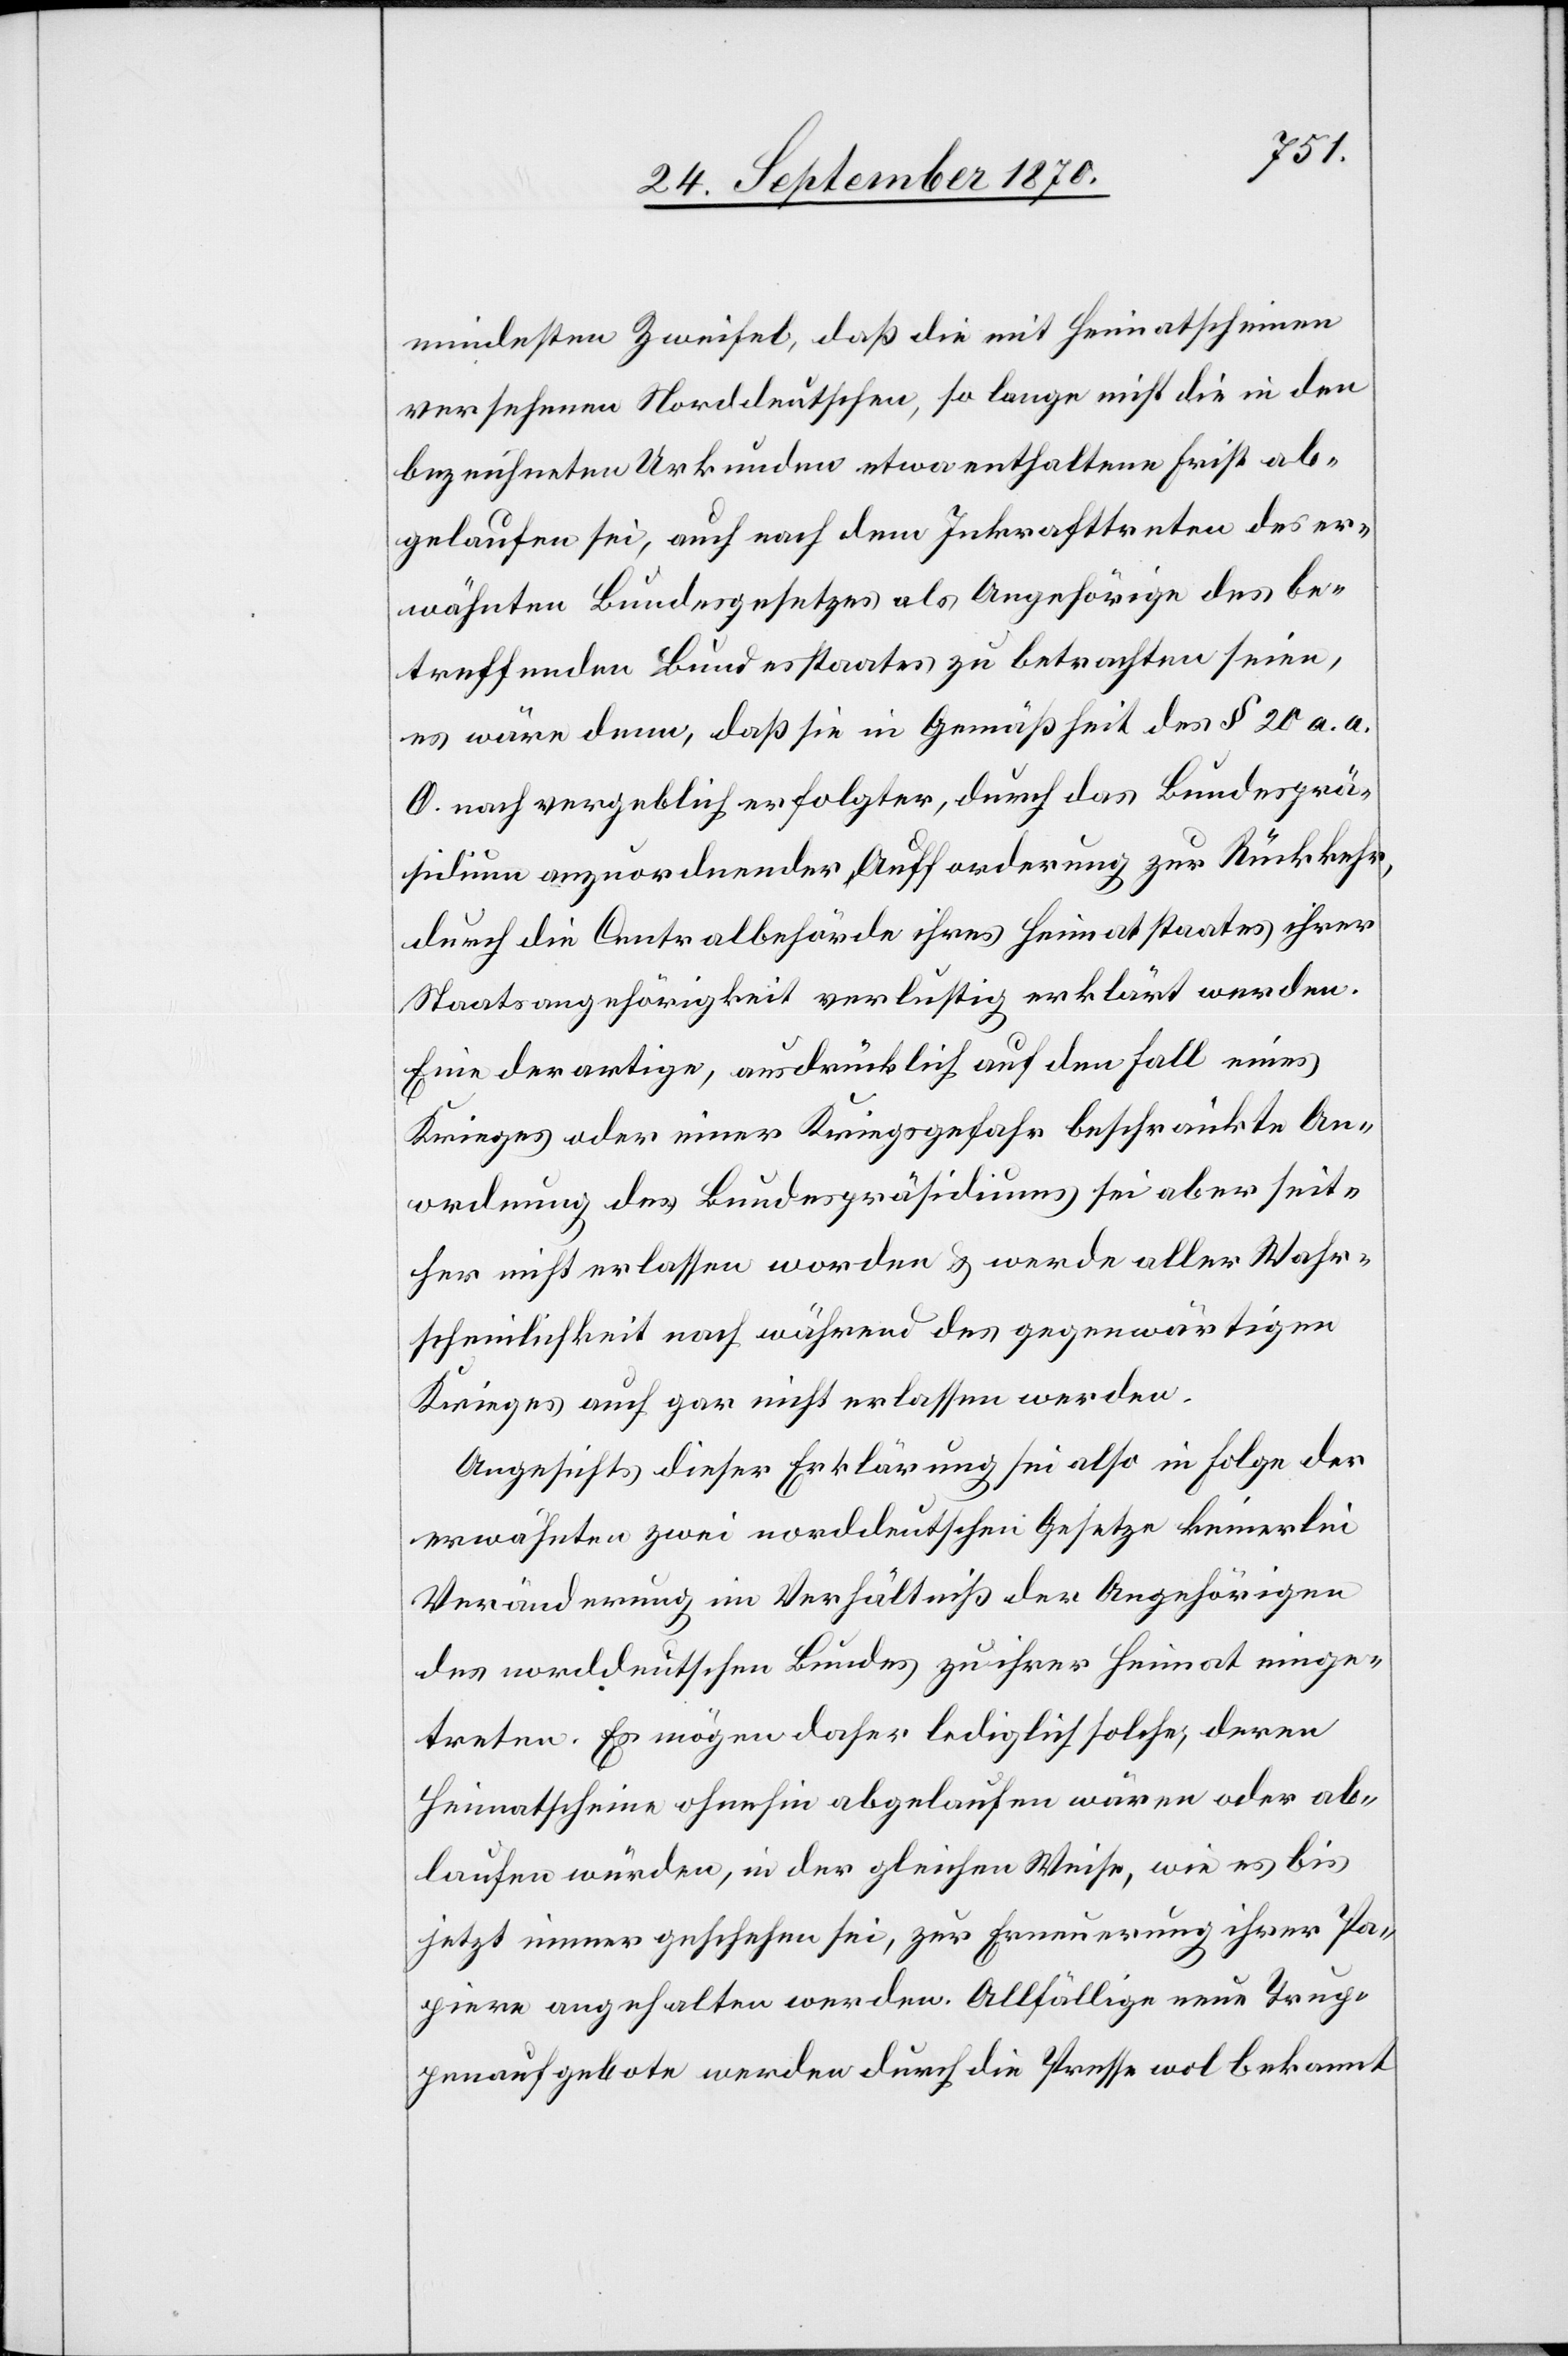
mindesten Zweifel, daß die mit Heimatscheinen
versehenen Norddeutschen, so lange nicht die in den
bezeichneten Urkunden etwa enthaltene Frist ab¬
gelaufen sei, auch nach dem Inkrafttreten des er¬
wähnten Bundesgesetzes als Angehörige des be¬
treffenden Bundesstaates zu betrachten seien,
es wäre denn, daß sie in Gemäßheit des § 20 a. a.
O. nach vergeblich erfolgter, durch das Bundesprä¬
sidium anzuordnenden Aufforderung zur Rückkehr,
durch die Centralbehörde ihres Heimatstaats ihrer
Staatsangehörigkeit verlustig erklärt werden.
Eine derartige, ausdrücklich auf den Fall eines
Krieges oder einer Kriegsgefahr beschränkte An¬
ordnung des Bundespräsidiums sei aber seit¬
her nicht erlassen worden & werde aller Wahr¬
scheinlichkeit nach während des gegenwärtigen
Krieges auch gar nicht erlassen werden.
Angesichts dieser Erklärung sei also in Folge der
erwähnten zwei norddeutschen Gesetze keinerlei
Veränderung im Verhältniß der Angehörigen
des norddeutschen Bundes zu ihrer Heimat einge¬
treten. Es mögen daher lediglich solche, deren
Heimatscheine ohnehin abgelaufen wären oder ab¬
laufen würden, in der gleichen Weise, wie es bis
jetzt immer geschehen sei, zur Erneuerung ihrer Pa¬
piere angehalten werden. Allfällige neue Trup¬
penaufgebote werden durch die Presse wol bekannt